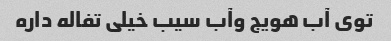
توی آب هویج وآب سیب خیلی تفاله داره